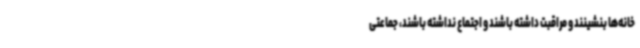
خانه‌ها بنشینند و مراقبت داشته باشند و اجتماع نداشته باشند، جماعتی